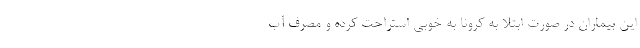
این بیماران در صورت ابتلا به کرونا به خوبی استراحت کرده و مصرف آب